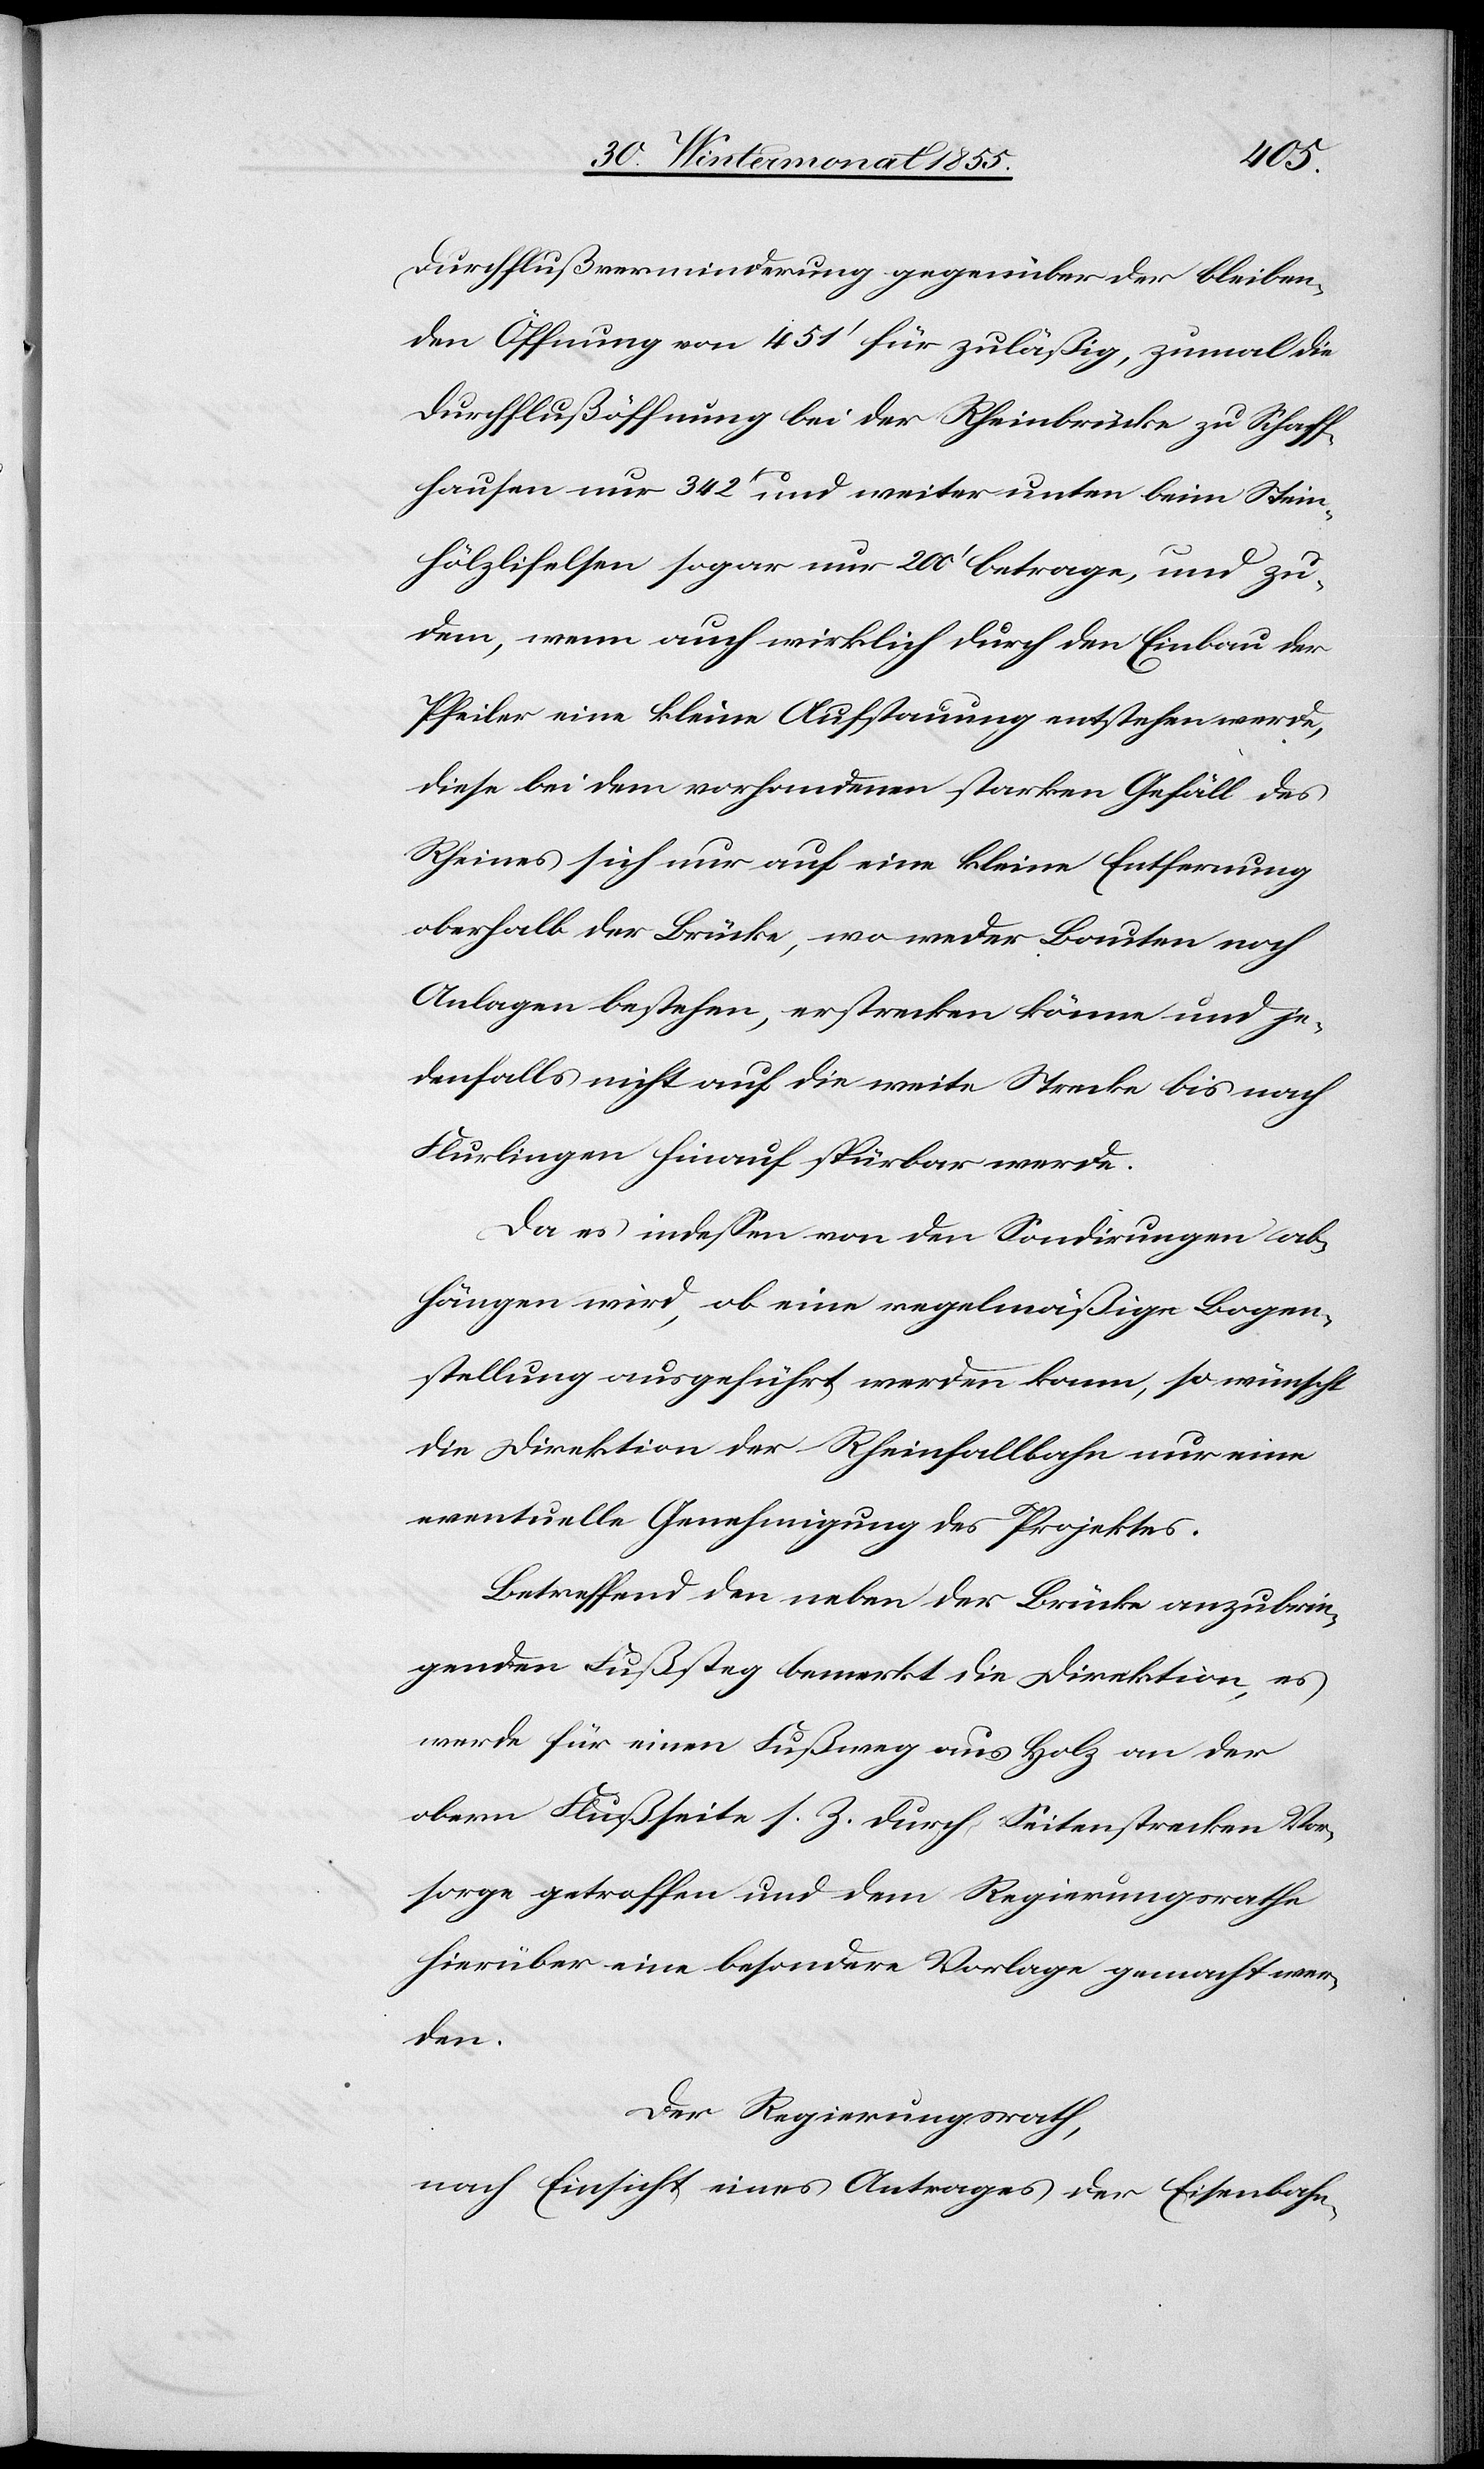
Durchflußverminderung gegenüber der bleiben¬
den Öffnung von 451‘ für zuläßig, zumal die
Durchflußöffnung bei der Rheinbrücke zu Schaff¬
hausen nur 342‘ und weiter unten beim Stein¬
hölzlifelsen sogar nur 200‘ betrage, und zu¬
dem, wenn auch wirklich durch den Einbau der
Pfeiler eine kleine Aufstauung entstehen werde,
diese bei dem vorhandenen starken Gefäll des
Rheines sich nur auf eine kleine Entfernung
oberhalb der Brücke, wo weder Bauten noch
Anlagen bestehen, erstrecken könne und je¬
denfalls nicht auf die weite Strecke bis nach
Flurlingen hinauf spürbar werde.
Da es indessen von den Sondirungen ab¬
hängen wird, ob eine regelmäßige Bogen¬
stellung ausgeführt werden kann, so wünscht
die Direktion der Rheinfallbahn nur eine
eventuelle Genehmigung des Projektes.
Betreffend den neben der Brücke anzubrin¬
genden Fußsteg bemerkt die Direktion, es
werde für einen Fußweg aus Holz an der
obern Flußseite s. Z. durch Seitenstrecken Vor¬
sorge getroffen und dem Regierungsrathe
hierüber eine besondere Vorlage gemacht wer¬
den.
Der Regierungsrath,
nach Einsicht eines Antrages der Eisenbahn-